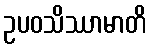
ဥပဝသိဿာမာတိ